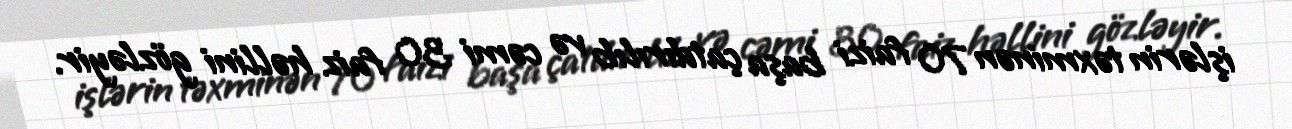
işlərin təxminən 70 faizi başa çatdırılıb və cəmi 30 faiz həllini gözləyir.